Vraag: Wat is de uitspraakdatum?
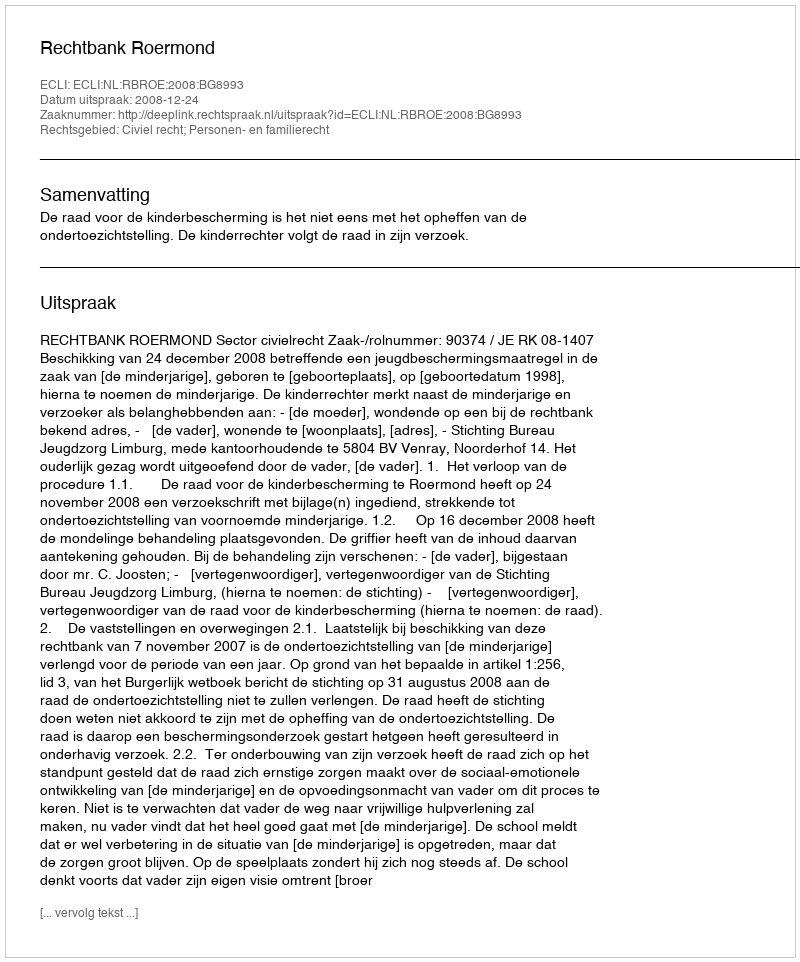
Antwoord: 2008-12-24